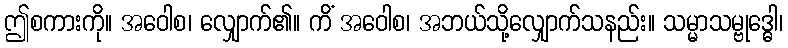
ဤစကားကို။ အဝေါစ၊ လျှောက်၏။ ကိံ အဝေါစ၊ အဘယ်သို့လျှောက်သနည်း။ သမ္မာသမ္ဗုဒ္ဓေါ၊